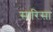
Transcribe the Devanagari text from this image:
सारिसा